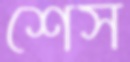
শেস